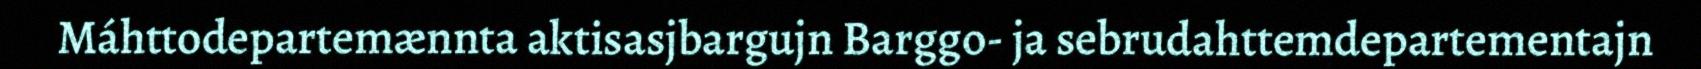
Máhttodepartemænnta aktisasjbargujn Barggo- ja sebrudahttemdepartementajn